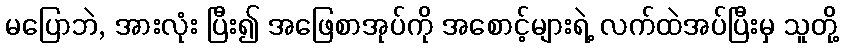
မပြောဘဲ, အားလုံး ပြီး၍ အဖြေစာအုပ်ကို အစောင့်များရဲ့ လက်ထဲအပ်ပြီးမှ သူတို့